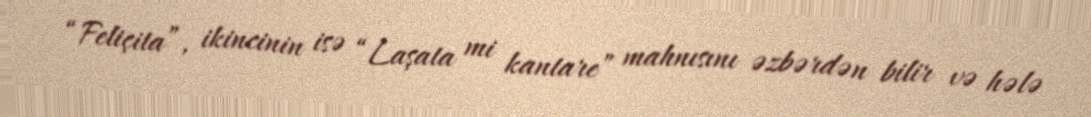
“Feliçita”, ikincinin isə “Laşata mi kantare” mahnısını əzbərdən bilir və hələ